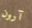
آرون